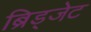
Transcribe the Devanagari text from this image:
ब्रिड्जेट